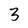
Character: 3